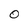
Character: 0